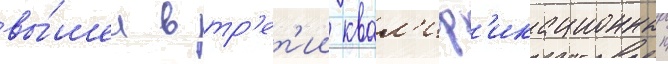
вы́шел в тр'ет'ии квал'иф'икационныи